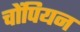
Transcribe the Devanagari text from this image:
चोंपियन